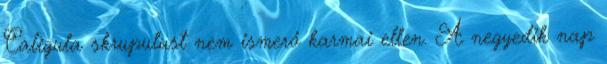
Caligula skrupulust nem ismerő karmai ellen. A negyedik nap